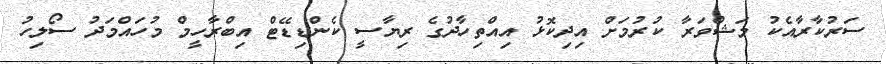
ސަރުކާރާއެކު މަޝްވަރާ ކުރުމަށް އިދިކޮޅު އިއްތިހާދުގެ ރިޔާސީ ކެންޑިޑޭޓް އިބްރާހީމް މުހައްމަދު ސޯލިހު